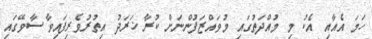
ހަމަ އެއާއި އެކު މި މުއްދަތުގައި މުވައްޒަފުންނަށް ކުރާ ޚަރަދު އިތުރުވެރިފައިވާ ސާވޭގައި